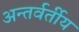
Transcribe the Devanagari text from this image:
अन्‍तर्वर्तीय